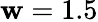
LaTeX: \mathbf{w}=1.5